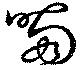
喃